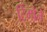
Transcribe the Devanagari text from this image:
टिमोने